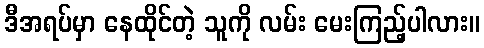
ဒီအရပ်မှာ နေထိုင်တဲ့ သူကို လမ်း မေးကြည့်ပါလား။